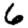
Digit: 6